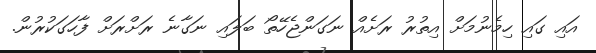
އައި ގައި ހިމެނުމަށް އިތުރު ރަށެއް ނަގަންޖެހޭތޯ ބަލައި ނަގާނެ ރަށްރަށް ފާހަގަކުރުން.